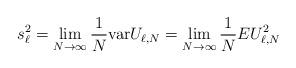
LaTeX: \begin{align*} s^2_\ell=\lim_{N\to\infty}\frac 1N\mbox{var}U_{\ell,N}=\lim_{N\to\infty} \frac 1N EU_{\ell,N}^2 \end{align*}